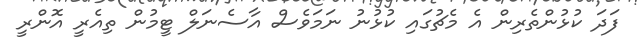
ފަދަ ކުޅުންތެރިން އެ މެޗުގައި ކުޅުނު ނަމަވެސް އާސެނަލް ޓީމުން ތިއެރީ އޮންރީ